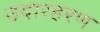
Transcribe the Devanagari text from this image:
उदारहरण